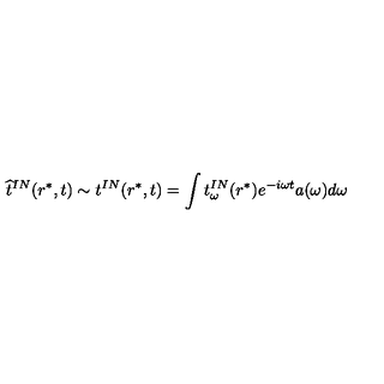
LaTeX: \widehat t ^ { I N } ( r ^ { * } , t ) \sim t ^ { I N } ( r ^ { * } , t ) = \int t _ { \omega } ^ { I N } ( r ^ { * } ) e ^ { - i \omega t } a ( \omega ) d \omega